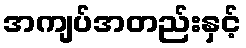
အကျပ်အတည်းနှင့်